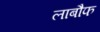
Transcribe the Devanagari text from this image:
लाबौफ